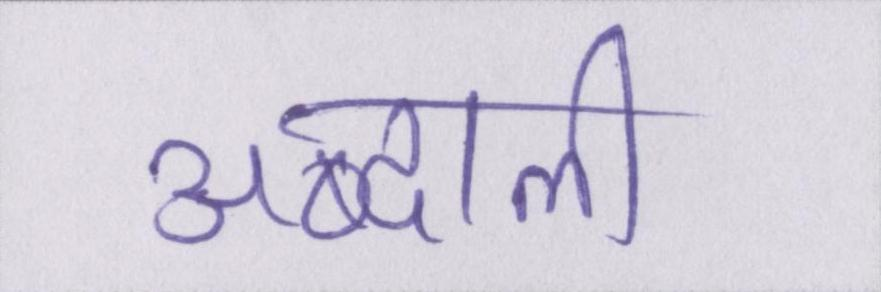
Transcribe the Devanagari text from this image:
अब्दाली